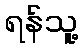
ရန်သူ့